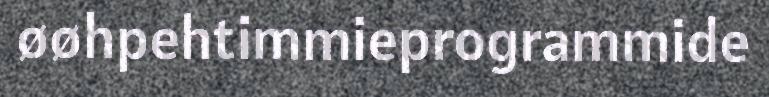
øøhpehtimmieprogrammide